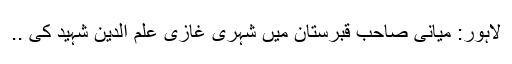
لاہور: میانی صاحب قبرستان میں شہری غازی علم الدین شہید کی ..